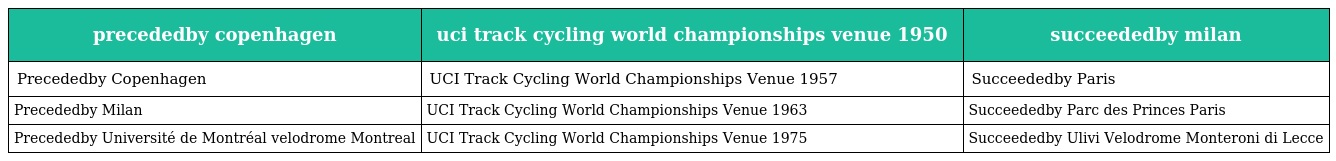
| precededby copenhagen | uci track cycling world championships venue 1950 | succeededby milan |
 | --- | --- | --- |
 | Precededby Copenhagen | UCI Track Cycling World Championships Venue 1957 | Succeededby Paris |
 | Precededby Milan | UCI Track Cycling World Championships Venue 1963 | Succeededby Parc des Princes Paris |
 | Precededby Université de Montréal velodrome Montreal | UCI Track Cycling World Championships Venue 1975 | Succeededby Ulivi Velodrome Monteroni di Lecce |